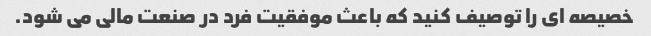
خصیصه ای را توصیف کنید که باعث موفقیت فرد در صنعت مالی می شود.